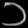
Digit: ၁